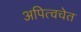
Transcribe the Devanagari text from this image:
अपित्वचेत